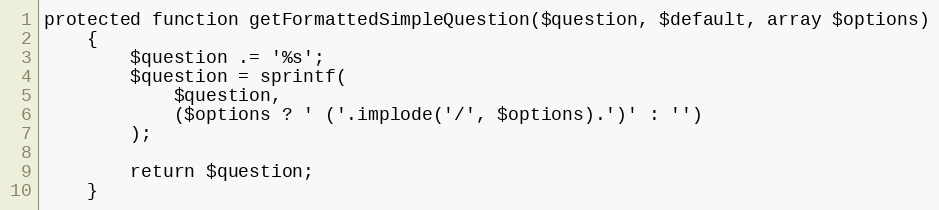
Language: PHP
protected function getFormattedSimpleQuestion($question, $default, array $options)
    {
        $question .= '%s';
        $question = sprintf(
            $question,
            ($options ? ' ('.implode('/', $options).')' : '')
        );

        return $question;
    }